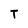
Character: T